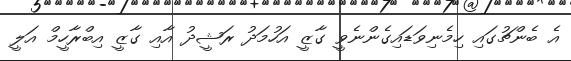
އެ ބެންޗުގައި ހިމެނިވަޑައިގެންނެވީ ގާޒީ އަހުމަދު ރަޝީދު އާއި ގާޒީ އިބްރާހީމް އަލީ